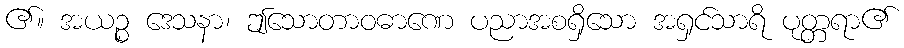
၏။ အယဉ္စ ဒေသနာ၊ ဤသောတာဝဓာဏေ ပညာအစရှိသော အရှင်သာရိ ပုတ္တရာ၏